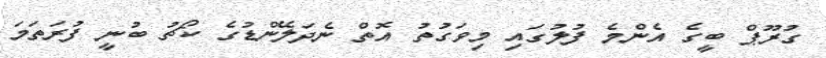
ގުރޫޕް ބީގެ އެންމެ ފުލުގައި މިވަގުތު އޮތް ނެދަލޭންޑުގެ ކޯޗު ބުނީ ފުރަތަމަ